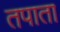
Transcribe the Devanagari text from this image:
तपाता